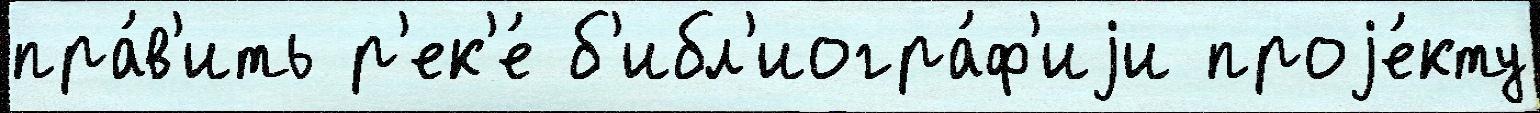
пра́в'ить р'ек'е́ б'ибл'иогра́ф'иjи проjе́кту